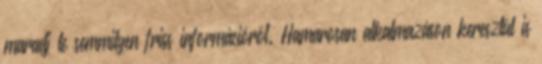
maradj le semmilyen friss információról. Hamarosan alkalmazáson keresztül is